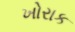
ખોરાક